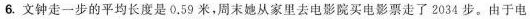
6.文钟走一步的平均长度是0.59米，周末她从家里去电影院买电影票走了2034步。由于电